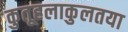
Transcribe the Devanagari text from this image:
कुतूहलाकुलतया